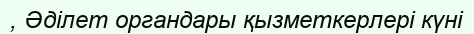
, Әділет органдары қызметкерлері күні